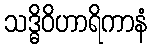
သဒ္ဓိဝိဟာရိကာနံ